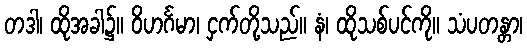
တဒါ၊ ထိုအခါ၌။ ဝိဟင်္ဂမာ၊ ငှက်တို့သည်။ နံ၊ ထိုသစ်ပင်ကို။ သံပတန္တာ၊